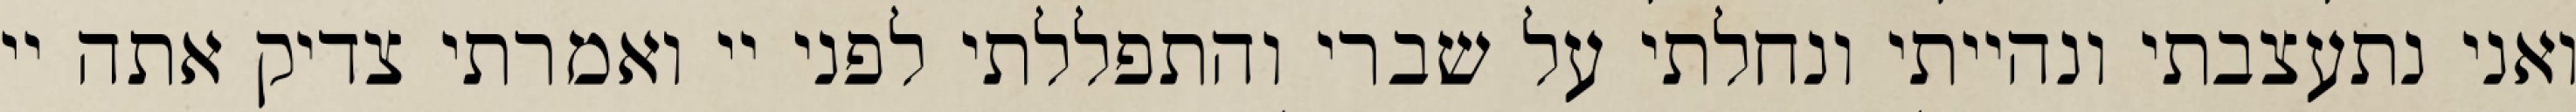
ואני נתעצבתי ונהייתי ונחלתי על שברי והתפללתי לפני יי ואמרתי צדיק אתה יי